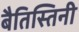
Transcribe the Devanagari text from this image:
बैतिस्तिनी